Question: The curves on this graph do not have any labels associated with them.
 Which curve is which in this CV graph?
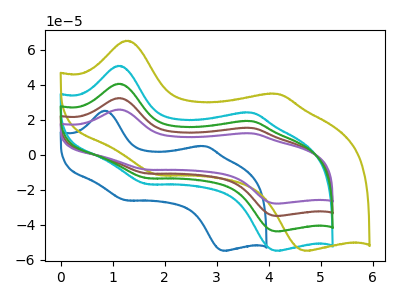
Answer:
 <answer>The blue curve does not have a label. The cyan curve does not have a label. The olive curve does not have a label. The brown curve does not have a label. The purple curve does not have a label. The green curve does not have a label.</answer>
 <eval></eval>